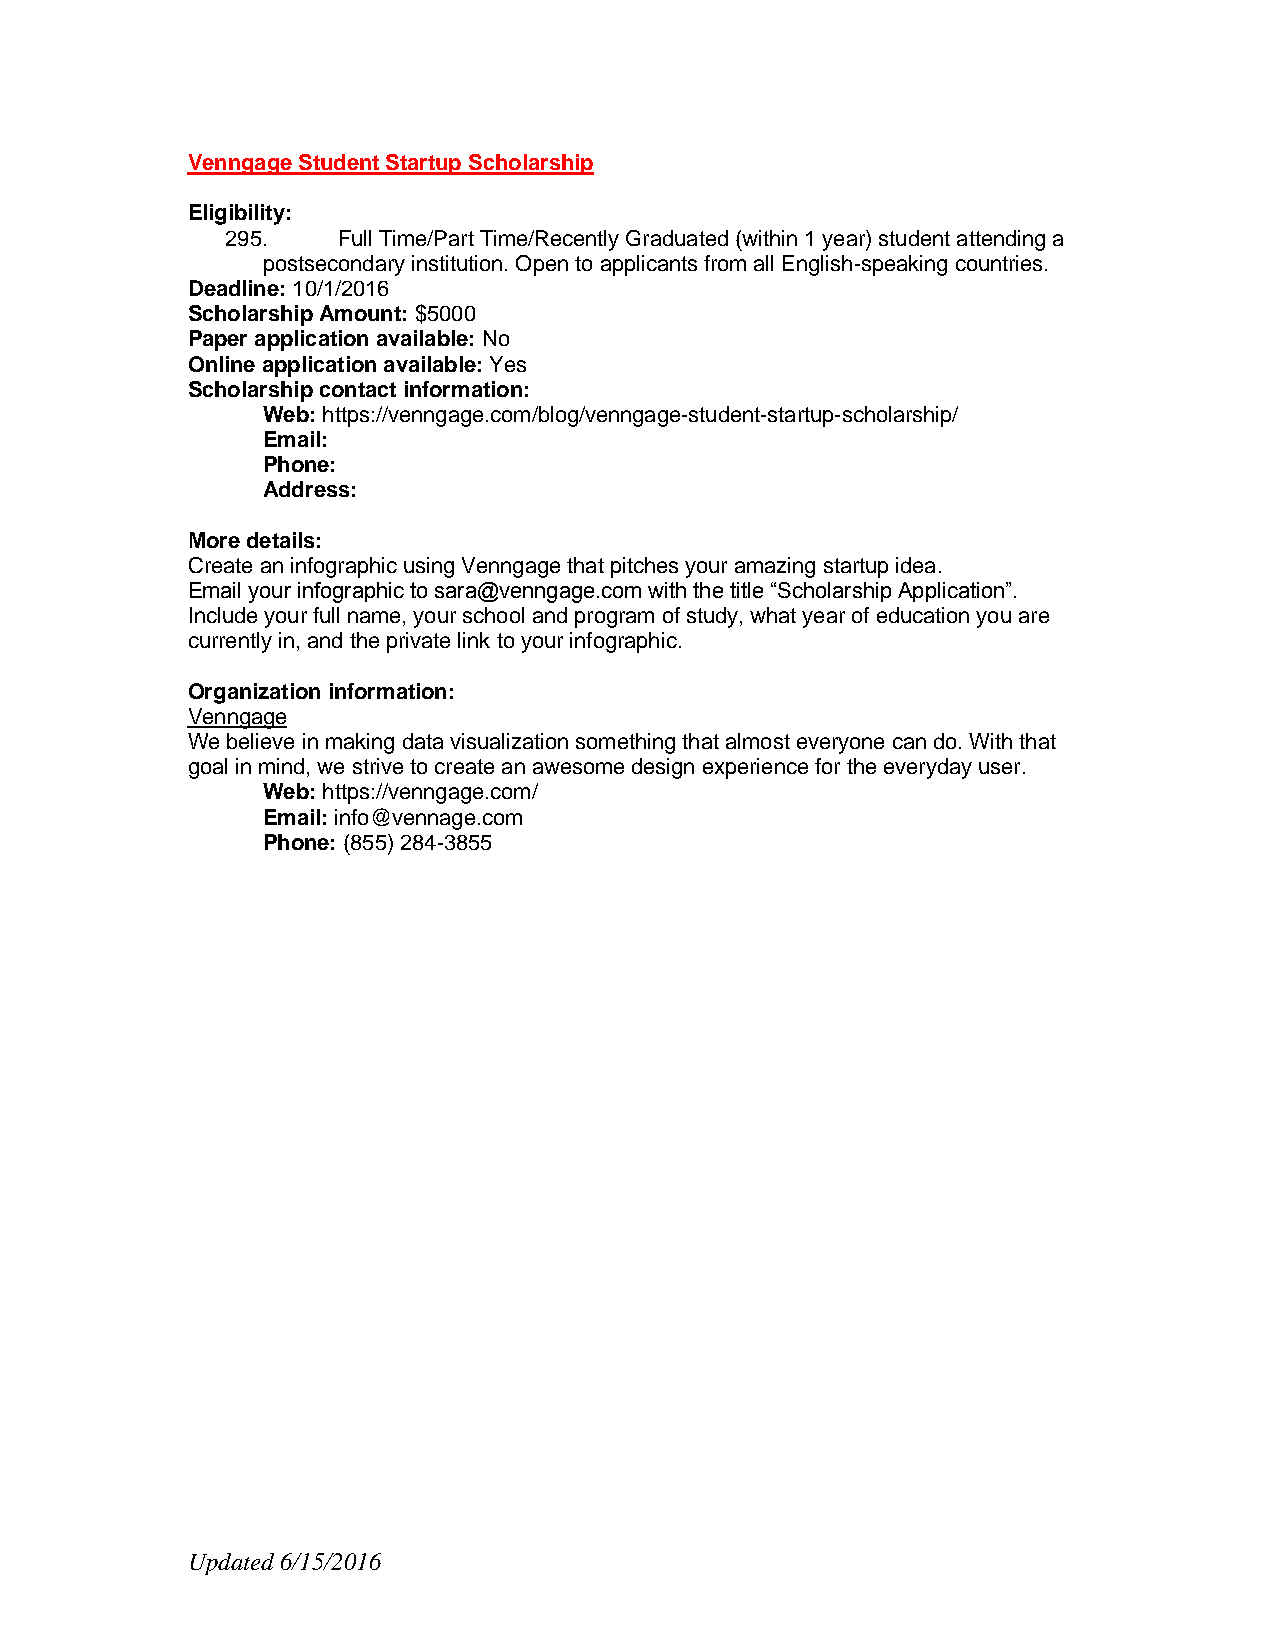
Venngage Student Startup Scholarship
 Eligibility:
 295.   Full Time/Part Time/Recently Graduated (within 1 year) student attending a
 postsecondary institution. Open to applicants from all English-speaking countries.
 Deadline: 10/1/2016
 Scholarship Amount: $5000
 Paper application available: No
 Online application available: Yes
 Scholarship contact information:
 Web: https://venngage.com/blog/venngage-student-startup-scholarship/
 Email:
 Phone:
 Address:
 More details:
 Create an infographic using Venngage that pitches your amazing startup idea.
 Email your infographic to sara@venngage.com with the title “Scholarship Application”.
 Include your full name, your school and program of study, what year of education you are
 currently in, and the private link to your infographic.
 Organization information:
 Venngage
 We believe in making data visualization something that almost everyone can do. With that
 goal in mind, we strive to create an awesome design experience for the everyday user.
 Web: https://venngage.com/
 Email: info@vennage.com
 Phone: (855) 284-3855
 Updated 6/15/2016